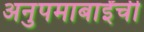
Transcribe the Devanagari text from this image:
अनुपमाबाईंची